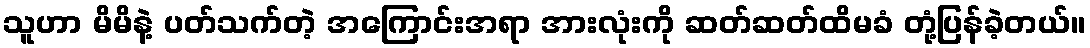
သူဟာ မိမိနဲ့ ပတ်သက်တဲ့ အကြောင်းအရာ အားလုံးကို ဆတ်ဆတ်ထိမခံ တုံ့ပြန်ခဲ့တယ်။